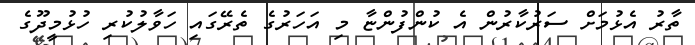
ތާރު އެޅުމަށް ސަރުކާރުން އެ ކުންފުންޏާ މި އަހަރުގެ ތެރޭގައި ހަވާލުކުރި ހުޅުމީދޫގެ